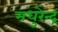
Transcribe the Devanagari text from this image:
मधुरेन्द्र